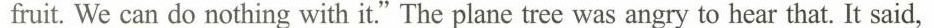
fruit.We can do nothing with it"The plane tree was angry to hear that. It said.